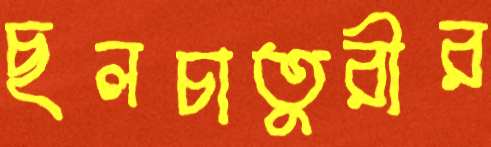
ছলচাতুরীর